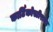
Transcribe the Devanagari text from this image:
कार्टिकोस्टीरायड